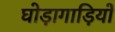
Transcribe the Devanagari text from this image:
घोड़ागाड़ियों